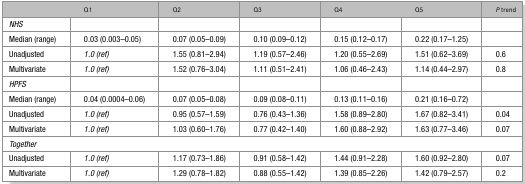
|  | Q1 | Q2 | Q3 | Q4 | Q5 | P trend |
 | --- | --- | --- | --- | --- | --- | --- |
 | NHS |  |  |  |  |  |  |
 | Median (range) | 0.03 (0.003–0.05) | 0.07 (0.05–0.09) | 0.10 (0.09–0.12) | 0.15 (0.12–0.17) | 0.22 (0.17–1.25) |  |
 | Unadjusted | 1.0 (ref) | 1.55 (0.81–2.94) | 1.19 (0.57–2.46) | 1.20 (0.55–2.69) | 1.51 (0.62–3.69) | 0.6 |
 | Multivariate | 1.0 (ref) | 1.52 (0.76–3.04) | 1.11 (0.51–2.41) | 1.06 (0.46–2.43) | 1.14 (0.44–2.97) | 0.8 |
 | HPFS |  |  |  |  |  |  |
 | Median (range) | 0.04 (0.0004–0.06) | 0.07 (0.05–0.08) | 0.09 (0.08–0.11) | 0.13 (0.11–0.16) | 0.21 (0.16–0.72) |  |
 | Unadjusted | 1.0 (ref) | 0.95 (0.57–1.59) | 0.76 (0.43–1.36) | 1.58 (0.89–2.80) | 1.67 (0.82–3.41) | 0.04 |
 | Multivariate | 1.0 (ref) | 1.03 (0.60–1.76) | 0.77 (0.42–1.40) | 1.60 (0.88–2.92) | 1.63 (0.77–3.46) | 0.07 |
 | <COLSPAN=7> Together |
 | Unadjusted | 1.0 (ref) | 1.17 (0.73–1.86) | 0.91 (0.58–1.42) | 1.44 (0.91–2.28) | 1.60 (0.92–2.80) | 0.07 |
 | Multivariate | 1.0 (ref) | 1.29 (0.78–1.82) | 0.88 (0.55–1.42) | 1.39 (0.85–2.26) | 1.42 (0.79–2.57) | 0.2 |